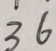
3 6